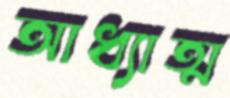
আধ্যাত্ম